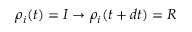
\rho _ { i } ( t ) = I \to \rho _ { i } ( t + d t ) = R